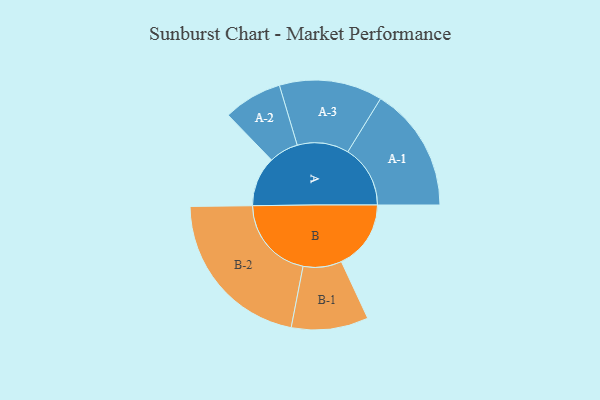
{"axis": {"x": "Segment", "y": "Value"}, "legend": ["", "A", "B"], "data": [{"x": "A", "y": 175, "type": ""}, {"x": "B", "y": 244, "type": ""}, {"x": "A-1", "y": 219, "type": "A"}, {"x": "A-2", "y": 103, "type": "A"}, {"x": "A-3", "y": 181, "type": "A"}, {"x": "B-1", "y": 135, "type": "B"}, {"x": "B-2", "y": 294, "type": "B"}]}